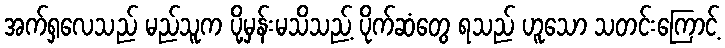
အက်ရှလေသည် မည်သူက ပို့မှန်းမသိသည့် ပိုက်ဆံတွေ ရသည် ဟူသော သတင်းကြောင့်